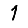
Digit: 1